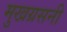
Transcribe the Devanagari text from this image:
मुखग्रसनी